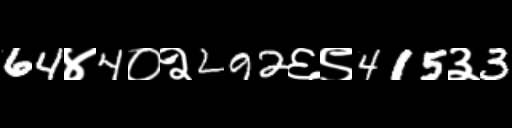
Text: 64४4०२292६९415३3